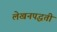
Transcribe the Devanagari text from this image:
लेखनपद्धती